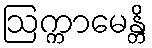
ဩက္ကာမေန္တိ